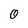
Character: 0